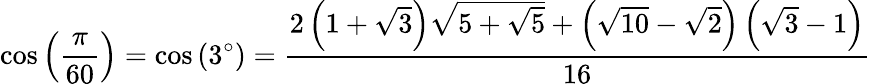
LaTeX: \cos\left({\frac{\pi}{60}}\right)=\cos\left(3^{\circ}\right)={\frac{2\left(1+{\sqrt{3}}\right){\sqrt{5+{\sqrt{5}}}}+\left({\sqrt{10}}-{\sqrt{2}}\right)\left({\sqrt{3}}-1\right)}{16}}